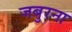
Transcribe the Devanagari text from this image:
जबुरना